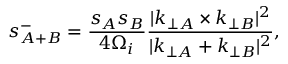
s _ { A + B } ^ { - } = \frac { s _ { A } s _ { B } } { 4 \Omega _ { i } } \frac { | \boldsymbol { k } _ { \perp A } \times \boldsymbol { k } _ { \perp B } | ^ { 2 } } { | \boldsymbol { k } _ { \perp A } + \boldsymbol { k } _ { \perp B } | ^ { 2 } } ,